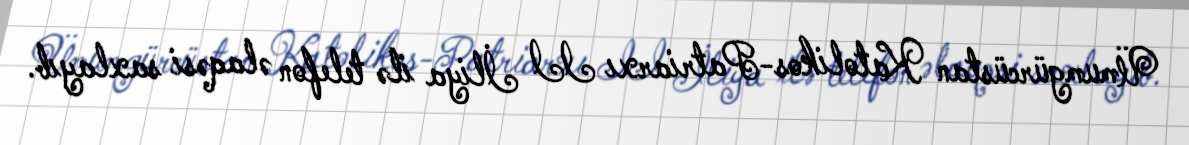
Ümumgürcüstan Katolikos-Patriarxı II İliya ilə telefon əlaqəsi saxlayıb.